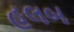
હલબ